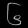
Digit: ၆